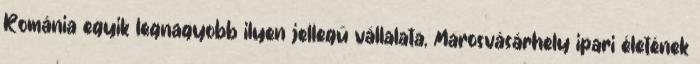
Románia egyik legnagyobb ilyen jellegű vállalata, Marosvásárhely ipari életének